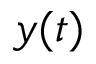
y ( t )